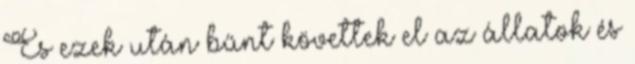
És ezek után bűnt követtek el az állatok és